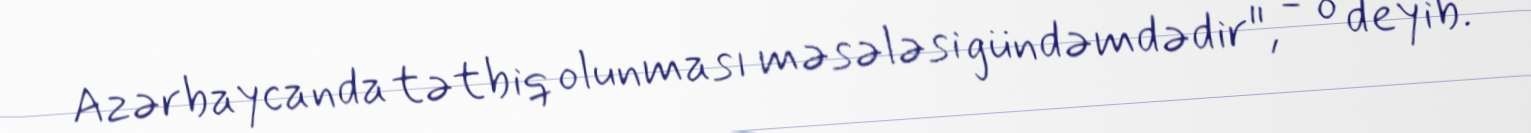
Azərbaycanda tətbiq olunması məsələsi gündəmdədir", - o deyib.